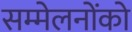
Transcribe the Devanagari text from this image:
सम्मेलनोंको